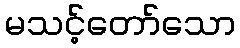
မသင့်တော်သော